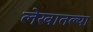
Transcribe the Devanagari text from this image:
लेखातल्या